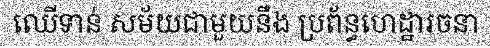
ឈើទាន់ សម័យជាមួយនឹង ប្រព័ន្ធហេដ្ឋារចនា